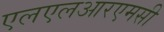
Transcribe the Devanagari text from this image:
एलएलआरएमसी